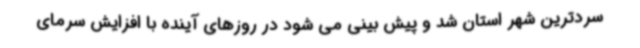
سردترین شهر استان شد و پیش بینی می شود در روزهای آینده با افزایش سرمای